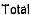
TOTAL